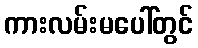
ကားလမ်းမပေါ်တွင်